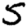
Digit: 5